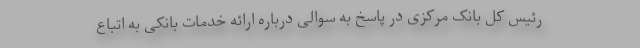
رئیس کل بانک مرکزی در پاسخ به سوالی درباره ارائه خدمات بانکی به اتباع